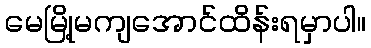
မေမြို့မကျအောင်ထိန်းရမှာပါ။